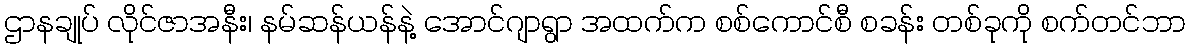
ဌာနချုပ် လိုင်ဇာအနီး၊ နမ်ဆန်ယန်နဲ့ အောင်ဂျာရွာ အထက်က စစ်ကောင်စီ စခန်း တစ်ခုကို စက်တင်ဘာ